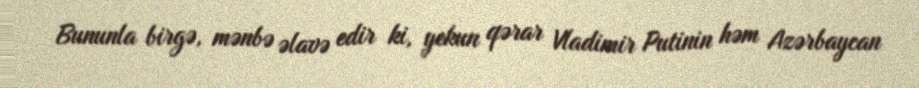
Bununla birgə, mənbə əlavə edir ki, yekun qərar Vladimir Putinin həm Azərbaycan